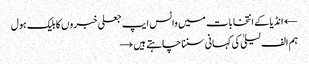
← انڈیا کے انتخابات میں واٹس ایپ جعلی خبروں کا بلیک ہول
ہم الف لیلیٰ کی کہانی سننا چاہتے ہیں →